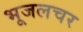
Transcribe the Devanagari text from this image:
भूजलचर